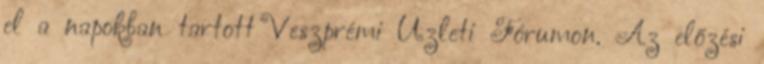
el a napokban tartott Veszprémi Üzleti Fórumon. Az előzési